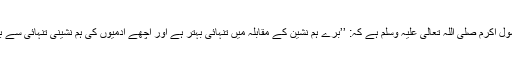
فرمانِ رسولِ اکرم صلی اللہ تعالیٰ علیہ وسلم ہے کہ: ’’بُرے ہم نشین کے مقابلہ میں تنہائی بہتر ہے اور اچھے آدمیوں کی ہم نشینی تنہائی سے بہتر ہے‘‘۔